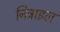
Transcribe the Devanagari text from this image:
निट्राइल